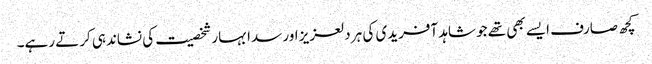
کچھ صارف ایسے بھی تھے جو شاہد آفریدی کی ہر دلعزیز اور سدا بہار شخصیت کی نشاندہی کرتے رہے۔